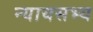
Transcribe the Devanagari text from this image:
न्यायसभ्य